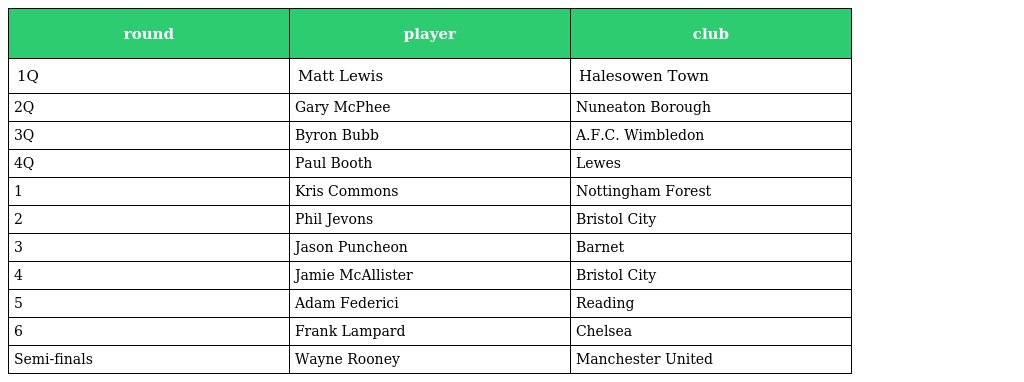
| round | player | club |
 | --- | --- | --- |
 | 1Q | Matt Lewis | Halesowen Town |
 | 2Q | Gary McPhee | Nuneaton Borough |
 | 3Q | Byron Bubb | A.F.C. Wimbledon |
 | 4Q | Paul Booth | Lewes |
 | 1 | Kris Commons | Nottingham Forest |
 | 2 | Phil Jevons | Bristol City |
 | 3 | Jason Puncheon | Barnet |
 | 4 | Jamie McAllister | Bristol City |
 | 5 | Adam Federici | Reading |
 | 6 | Frank Lampard | Chelsea |
 | Semi-finals | Wayne Rooney | Manchester United |